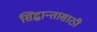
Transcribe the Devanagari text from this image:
सिद्धान्तासाठी